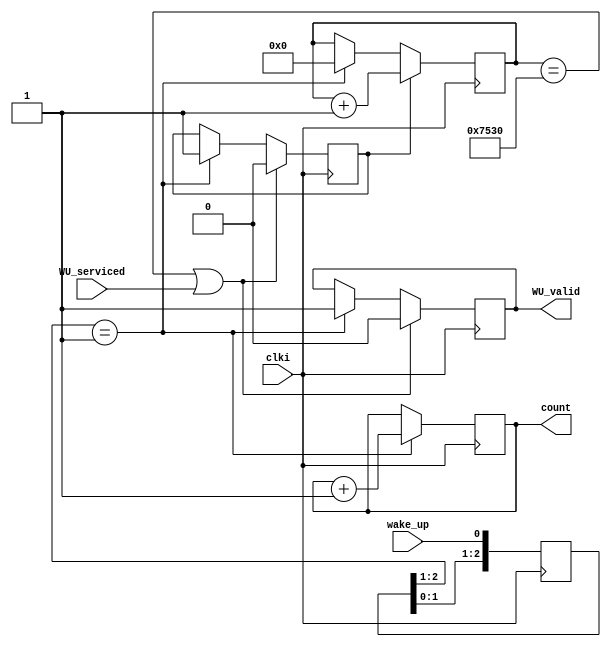
`timescale 1ns / 1ps
//////////////////////////////////////////////////////////////////////////////////
// Company: 
// Engineer: 
// 
// Design Name: 
// Module Name:    ScanChain
// Project Name: 
// Target Devices: 
// Tool versions: 
// Description: 
//
// Dependencies: 
//
// Revision: 
// Revision 0.01 - File Created
// Additional Comments: 
//
//////////////////////////////////////////////////////////////////////////////////
module Trig(
    input wire clki,
	 input wire wake_up,
	 input wire WU_serviced,
	 output reg [19:0] count,
	 output reg WU_valid
	 );

	reg[2:0] wakeup_buf;
	reg [19:0] tim_count;
	reg tim_enb;
// generate SC_clk_inn
	parameter M = 10000000;   	//SC_clk = 100/M MHz
	
	always @(posedge clki) wakeup_buf <= {wakeup_buf[1:0], wake_up};
	wire wakeup_risingedge = (wakeup_buf[2:1] ==2'b01);
	
	always @(posedge clki) begin
		if(wakeup_risingedge) begin
			count <= count + 1;
			WU_valid <= 1;
			tim_count <= 0;
			tim_enb <= 1;
		end
		else begin
			count <= count;
		end
		
		//Timeout setting - 300us == 100e6*300e-6 = 30000 ticks
		if (tim_enb) begin
			tim_count <= tim_count + 1;
		end
		if(tim_count == 30000 || WU_serviced == 1) begin
			tim_enb <= 0;
			WU_valid <= 0;
		end
	end
	
	
	
	
/*	always @(posedge clki) begin

	end*/
	
	
endmodule